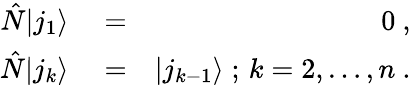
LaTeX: \begin{array}{rlr}{\hat{N}|j_{1}\rangle}&{{}=}&{0\ ,}\\ {\hat{N}|j_{k}\rangle}&{{}=}&{|j_{k-1}\rangle\; ;\, k=2,\ldots,n\ .}\end{array}